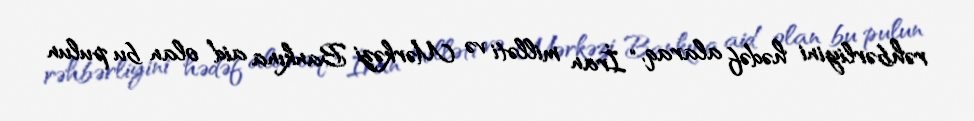
rəhbərliyini hədəf alaraq, “İran milləti və Mərkəzi Bankına aid olan bu pulun